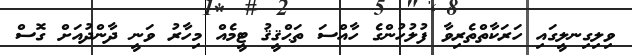
ވިލިގިނލީގައި ހަރަކާތްތެރިވާ ފުލުހުންގެ ހާއްސަ ތަޙްޤީޤު ޓީމެއް މިހާރު ވަނީ ދާންދުއަށް ގޮސް